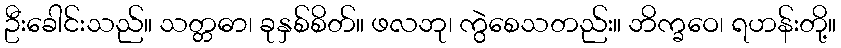
ဦးခေါင်းသည်။ သတ္တဓာ၊ ခုနှစ်စိတ်။ ဖလဘု၊ ကွဲစေသတည်း။ ဘိက္ခဝေ၊ ရဟန်းတို့။